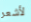
لأشعر